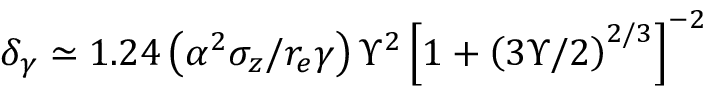
\delta _ { \gamma } \simeq 1 . 2 4 \left( \alpha ^ { 2 } \sigma _ { z } / r _ { e } \gamma \right) \Upsilon ^ { 2 } \left[ 1 + \left( 3 \Upsilon / 2 \right) ^ { 2 / 3 } \right] ^ { - 2 }